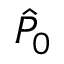
\ensuremath { \hat { P } } _ { 0 }